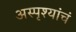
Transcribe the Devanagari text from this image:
अस्पृश्यांचं